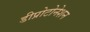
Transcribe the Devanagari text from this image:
डीप्रोटोनेशन